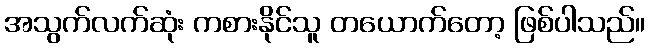
အသွက်လက်ဆုံး ကစားနိုင်သူ တယောက်တော့ ဖြစ်ပါသည်။